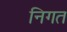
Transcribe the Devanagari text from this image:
निगत